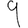
Digit: 9